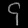
Digit: ၄